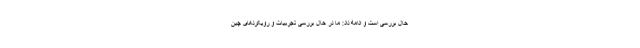
حال بررسی است و ادامه داد: ما در حال بررسی تجربیات و رویکردهای چین